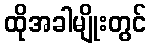
ထိုအခါမျိုးတွင်